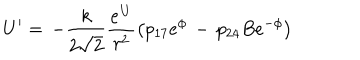
U ^ { \prime } = \, - \frac { k } { 2 \sqrt { 2 } } \frac { { \bf e ^ { U } } } { r ^ { 2 } } \left( p _ { 1 7 } e ^ { \phi } \, - \, p _ { 2 4 } B e ^ { - \phi } \right)